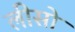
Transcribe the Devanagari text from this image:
लीसो